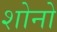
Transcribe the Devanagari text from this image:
शोनो